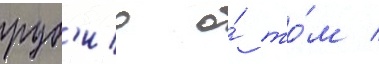
руб'ио о́ то́м /